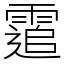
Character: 䨨